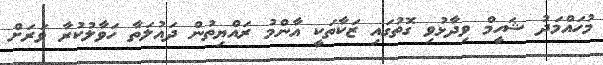
މުހައްމަދު ޝަހީމް ވިދާޅުވި ގޮތުގައި ޒަކާތަކީ އާންމު ރައްޔިތުން ދައުލަތާ ހަވާލުކުރާ ވަރަށް